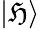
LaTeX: |\mathfrak{H}\rangle